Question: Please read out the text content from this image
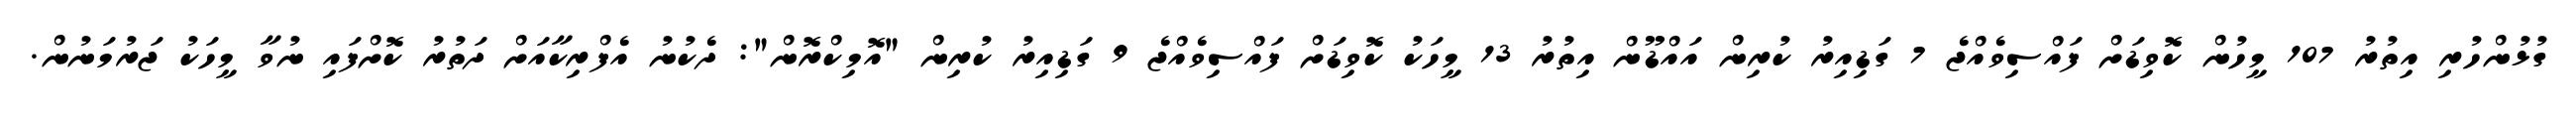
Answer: ގުޅުންހުރި އިތުރު 107 މީހުން ކޮވިޑަށް ފައްސިވެއްޖެ 7 ގަޑިއިރު ކުރިން އައްޑޫން އިތުރު 13 މީހަކު ކޮވިޑަށް ފައްސިވެއްޖެ 9 ގަޑިއިރު ކުރިން "އޮމިކްރޮން": ދެކުނު އެފްރިކާއަށް ދަތުރު ކޮށްފައި ނުވާ މީހަކު ޖަރުމަނުން.